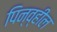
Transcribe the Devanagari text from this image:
पिन्व्हील